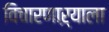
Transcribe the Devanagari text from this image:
विचारणाऱ्याला